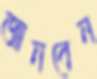
জানবেন